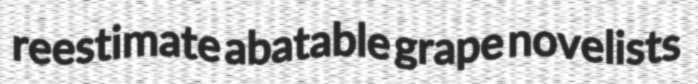
reestimate abatable grape novelists